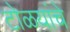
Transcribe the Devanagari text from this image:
टोळयांचे